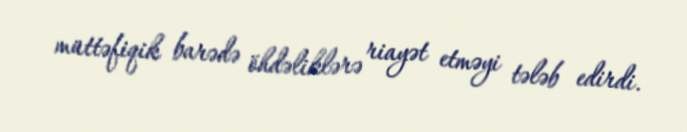
müttəfiqik barədə öhdəliklərə riayət etməyi tələb edirdi.